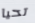
تحيا